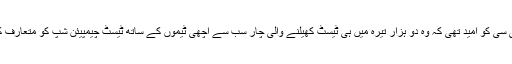
آئی سی سی کو امید تھی کہ وہ دو ہزار تیرہ میں ہی ٹیسٹ کھیلنے والی چار سب سے اچھی ٹیموں کے ساتھ ٹیسٹ چیمپیئن شپ کو متعارف کریگي۔